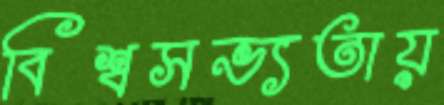
বিশ্বসভ্যতায়